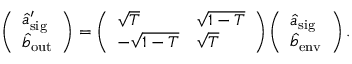
\left( \begin{array} { l } { \hat { a } _ { \mathrm { s i g } } ^ { \prime } } \\ { \hat { b } _ { \mathrm { o u t } } } \end{array} \right) = \left( \begin{array} { l l } { \sqrt { T } } & { \sqrt { 1 - T } } \\ { - \sqrt { 1 - T } } & { \sqrt { T } } \end{array} \right) \left( \begin{array} { l } { \hat { a } _ { \mathrm { s i g } } } \\ { \hat { b } _ { \mathrm { e n v } } } \end{array} \right) .